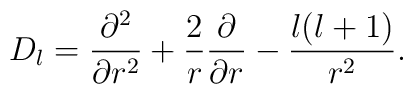
D_l={\partial^2\over\partial r^2}+{2\over r}{\partial\over\partial r}-{l(l+1)\over r^2}.